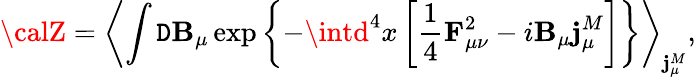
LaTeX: {\calZ}=\left<\int\mathtt{D}{\mathbf{B}}_{\mu}\exp\left\{ -\intd^{4}x\left[\frac{1}{4}{\mathbf{F}}_{\mu\nu}^{2}-i{\mathbf{B}}_{\mu}{\mathbf{j}}_{\mu}^{M}\right]\right\} \right>_{{\mathbf{j}}_{\mu}^{M}},